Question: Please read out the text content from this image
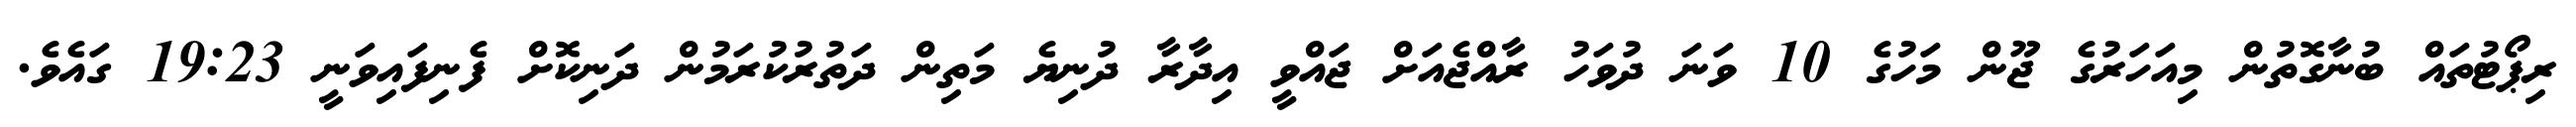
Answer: ރިޕޯޓުތައް ބުނާގޮތުން މިއަހަރުގެ ޖޫން މަހުގެ 10 ވަނަ ދުވަހު ރާއްޖެއަށް ޖައްވީ އިދާރާ ދުނިޔެ މަތިން ދަތުރުކުރަމުން ދަނިކޮށް ފެނިފައިވަނީ 19:23 ގައެވެ.